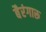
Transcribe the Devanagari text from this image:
बैरंगारू